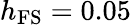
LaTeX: h_{\mathrm{FS}}=0.05